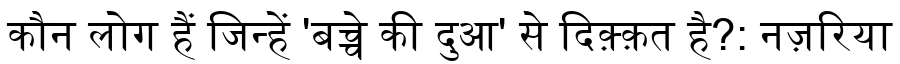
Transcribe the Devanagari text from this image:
कौन लोग हैं जिन्हें 'बच्चे की दुआ' से दिक़्क़त है?: नज़रिया